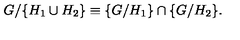
G / \{ H _ { 1 } \cup H _ { 2 } \} \equiv \{ G / H _ { 1 } \} \cap \{ G / H _ { 2 } \} . \,